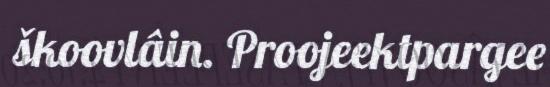
škoovlâin. Proojeektpargee